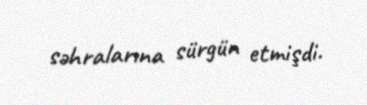
səhralarına sürgün etmişdi.